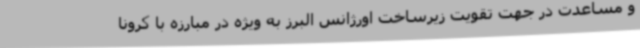
و مساعدت در جهت تقویت زیرساخت اورژانس البرز به ویژه در مبارزه با کرونا